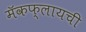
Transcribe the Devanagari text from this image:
मॅकफ्लायची